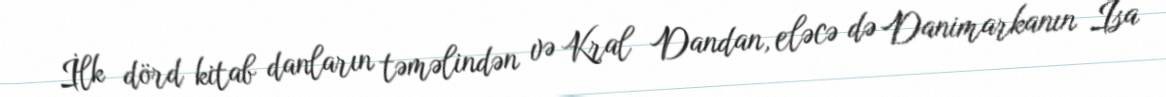
İlk dörd kitab danların təməlindən və Kral Dandan, eləcə də Danimarkanın İsa